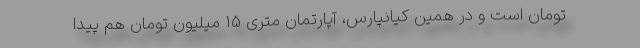
تومان است و در همین کیانپارس، آپارتمان متری ۱۵ میلیون تومان هم پیدا